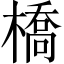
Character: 橋